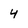
Character: 4